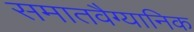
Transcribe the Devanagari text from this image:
समातवैग्यानिक